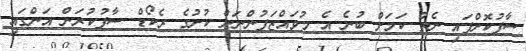
ސާފުކޮށްފައި ނެތް ކަމަށް ބުނެ އެ މުވައްޒަފުންނަށް ކުށުގެ ރެކޯޑް ސާފުކުރަން އަންގައި